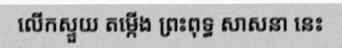
លើកស្ទួយ តម្កើង ព្រះពុទ្ធ សាសនា នេះ